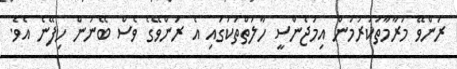
ރަންވޭ މަރާމާތުކުރުމުން އިމަޖެންސީ ހާލަތްތަކުގައި އެ ރަންވޭގެ ވެސް ބޭނުން ހިފޭނެ އެވެ.